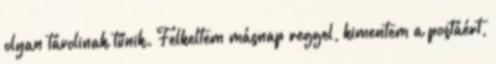
olyan távolinak tűnik. Felkeltem másnap reggel, kimentem a postáért,